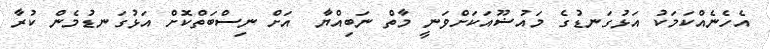
އެހެނެއްކަމަކު އަޅުގަނޑުގެ މައުޟޫއަކަށްވަނީ މާތް ނަބިއްޔާ  އަށް ނިސްބަތްކޮށް އަޅުގަނޑުމެން ކުރާ